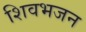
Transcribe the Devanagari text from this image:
शिवभजन